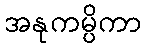
အနုကမ္ပိကာ